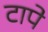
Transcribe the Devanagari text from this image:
टापे